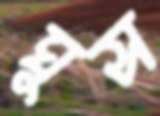
ঘুস